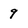
Character: 9